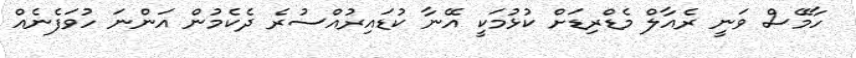
ހާމޭސް ވަނީ ރެއާލް މެޑްރިޑަށް ކުޅުމަކީ އޭނާ ކުޑައިރުއްސުރެ ދެކެމުން އަންނަ ހުވަފެނެއް